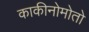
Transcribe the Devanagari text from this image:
काकीनोमोतो